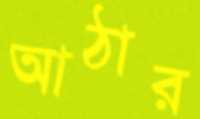
আঠার